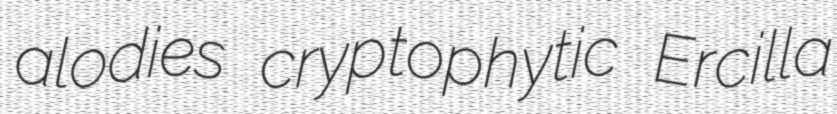
alodies cryptophytic Ercilla